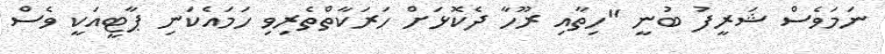
ނަމަވެސް ޝަރީފު ބުނީ "ހިތާއި ރޫހާ ދެކޮޅަށް ހަރަކާތްތެރިވި ހަމައެކަނި ޕާޓީއަކީ ވެސް